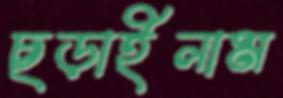
ছড়াইলাম